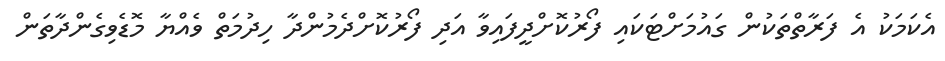
އެކަމަކު އެ ފަރާތްތަކުން ގައުމަށްޓަކައި ފޯރުކޮށްދީފައިވާ އަދި ފޯރުކޮށްދެމުންދާ ހިދުމަތް ވެއްޔާ މޮޑެވިގެންދާތަން